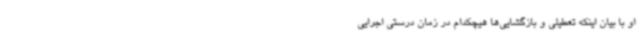
او با بیان اینکه تعطیلی و بازگشایی‌ها هیچکدام در زمان درستی اجرایی